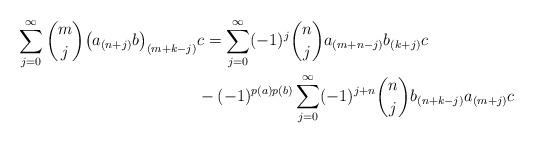
LaTeX: \begin{align*}\sum_{j = 0}^\infty \binom{m}{j} \big(a_{(n+j)}b\big)_{(m+k-j)}&c = \sum_{j=0}^\infty (-1)^j \binom{n}{j} a_{(m+n-j)}b_{(k+j)}c \\ &-(-1)^{p(a)p(b)} \sum_{j=0}^\infty(-1)^{j+n} \binom{n}{j} b_{(n+k-j)}a_{(m+j)}c\end{align*}